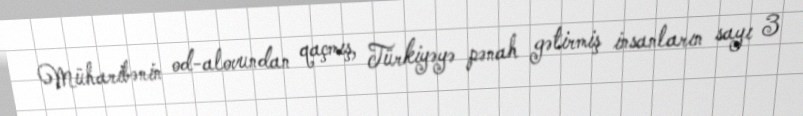
Müharibənin od-alovundan qaçmış, Türkiyəyə pənah gətirmiş insanların sayı 3